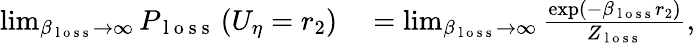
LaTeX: \begin{array}{rl}{\operatorname*{lim}_{\beta_{\mathrm{~l~o~s~s~}}\rightarrow\infty}P_{\mathrm{~l~o~s~s~}}\left(U_{\eta}=r_{2}\right)}&{{}=\operatorname*{lim}_{\beta_{\mathrm{~l~o~s~s~}}\rightarrow\infty}\frac{\exp\left(-\beta_{\mathrm{~l~o~s~s~}}r_{2}\right)}{Z_{\mathrm{~l~o~s~s~}}},}\end{array}